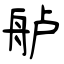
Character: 舻